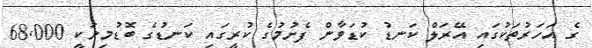
ގެ އަހަރުތަކުގައި އޭރަލް ކަނޑު ކުޑަވާން ފެށުމުގެ ކުރީގައި ކަނޑުގެ ބޮޑުމިނަކީ 68